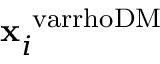
\mathbf { x } _ { i } ^ { \mathrm { \ v a r r h o D M } }